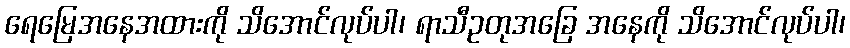
ရေမြေအနေအထားကို သိအောင်လုပ်ပါ၊ ရာသီဥတုအခြေ အနေကို သိအောင်လုပ်ပါ၊